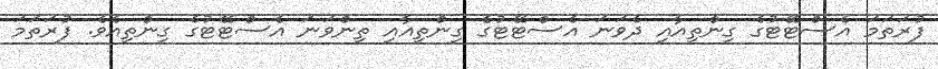
ފުރަތަމަ އެސްޓޭޓުގެ ގިންތިއާއި ދެވަނަ އެސްޓޭޓުގެ ގިންތިއާއި ތިންވަނަ އެސްޓޭޓުގެ ގިންތިއެވެ. ފުރަތަމަ